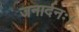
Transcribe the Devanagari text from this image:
जनार्दनः।